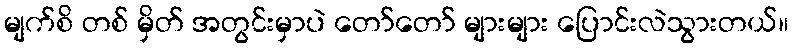
မျက်စိ တစ် မှိတ် အတွင်းမှာပဲ တော်တော် များများ ပြောင်းလဲသွားတယ်။